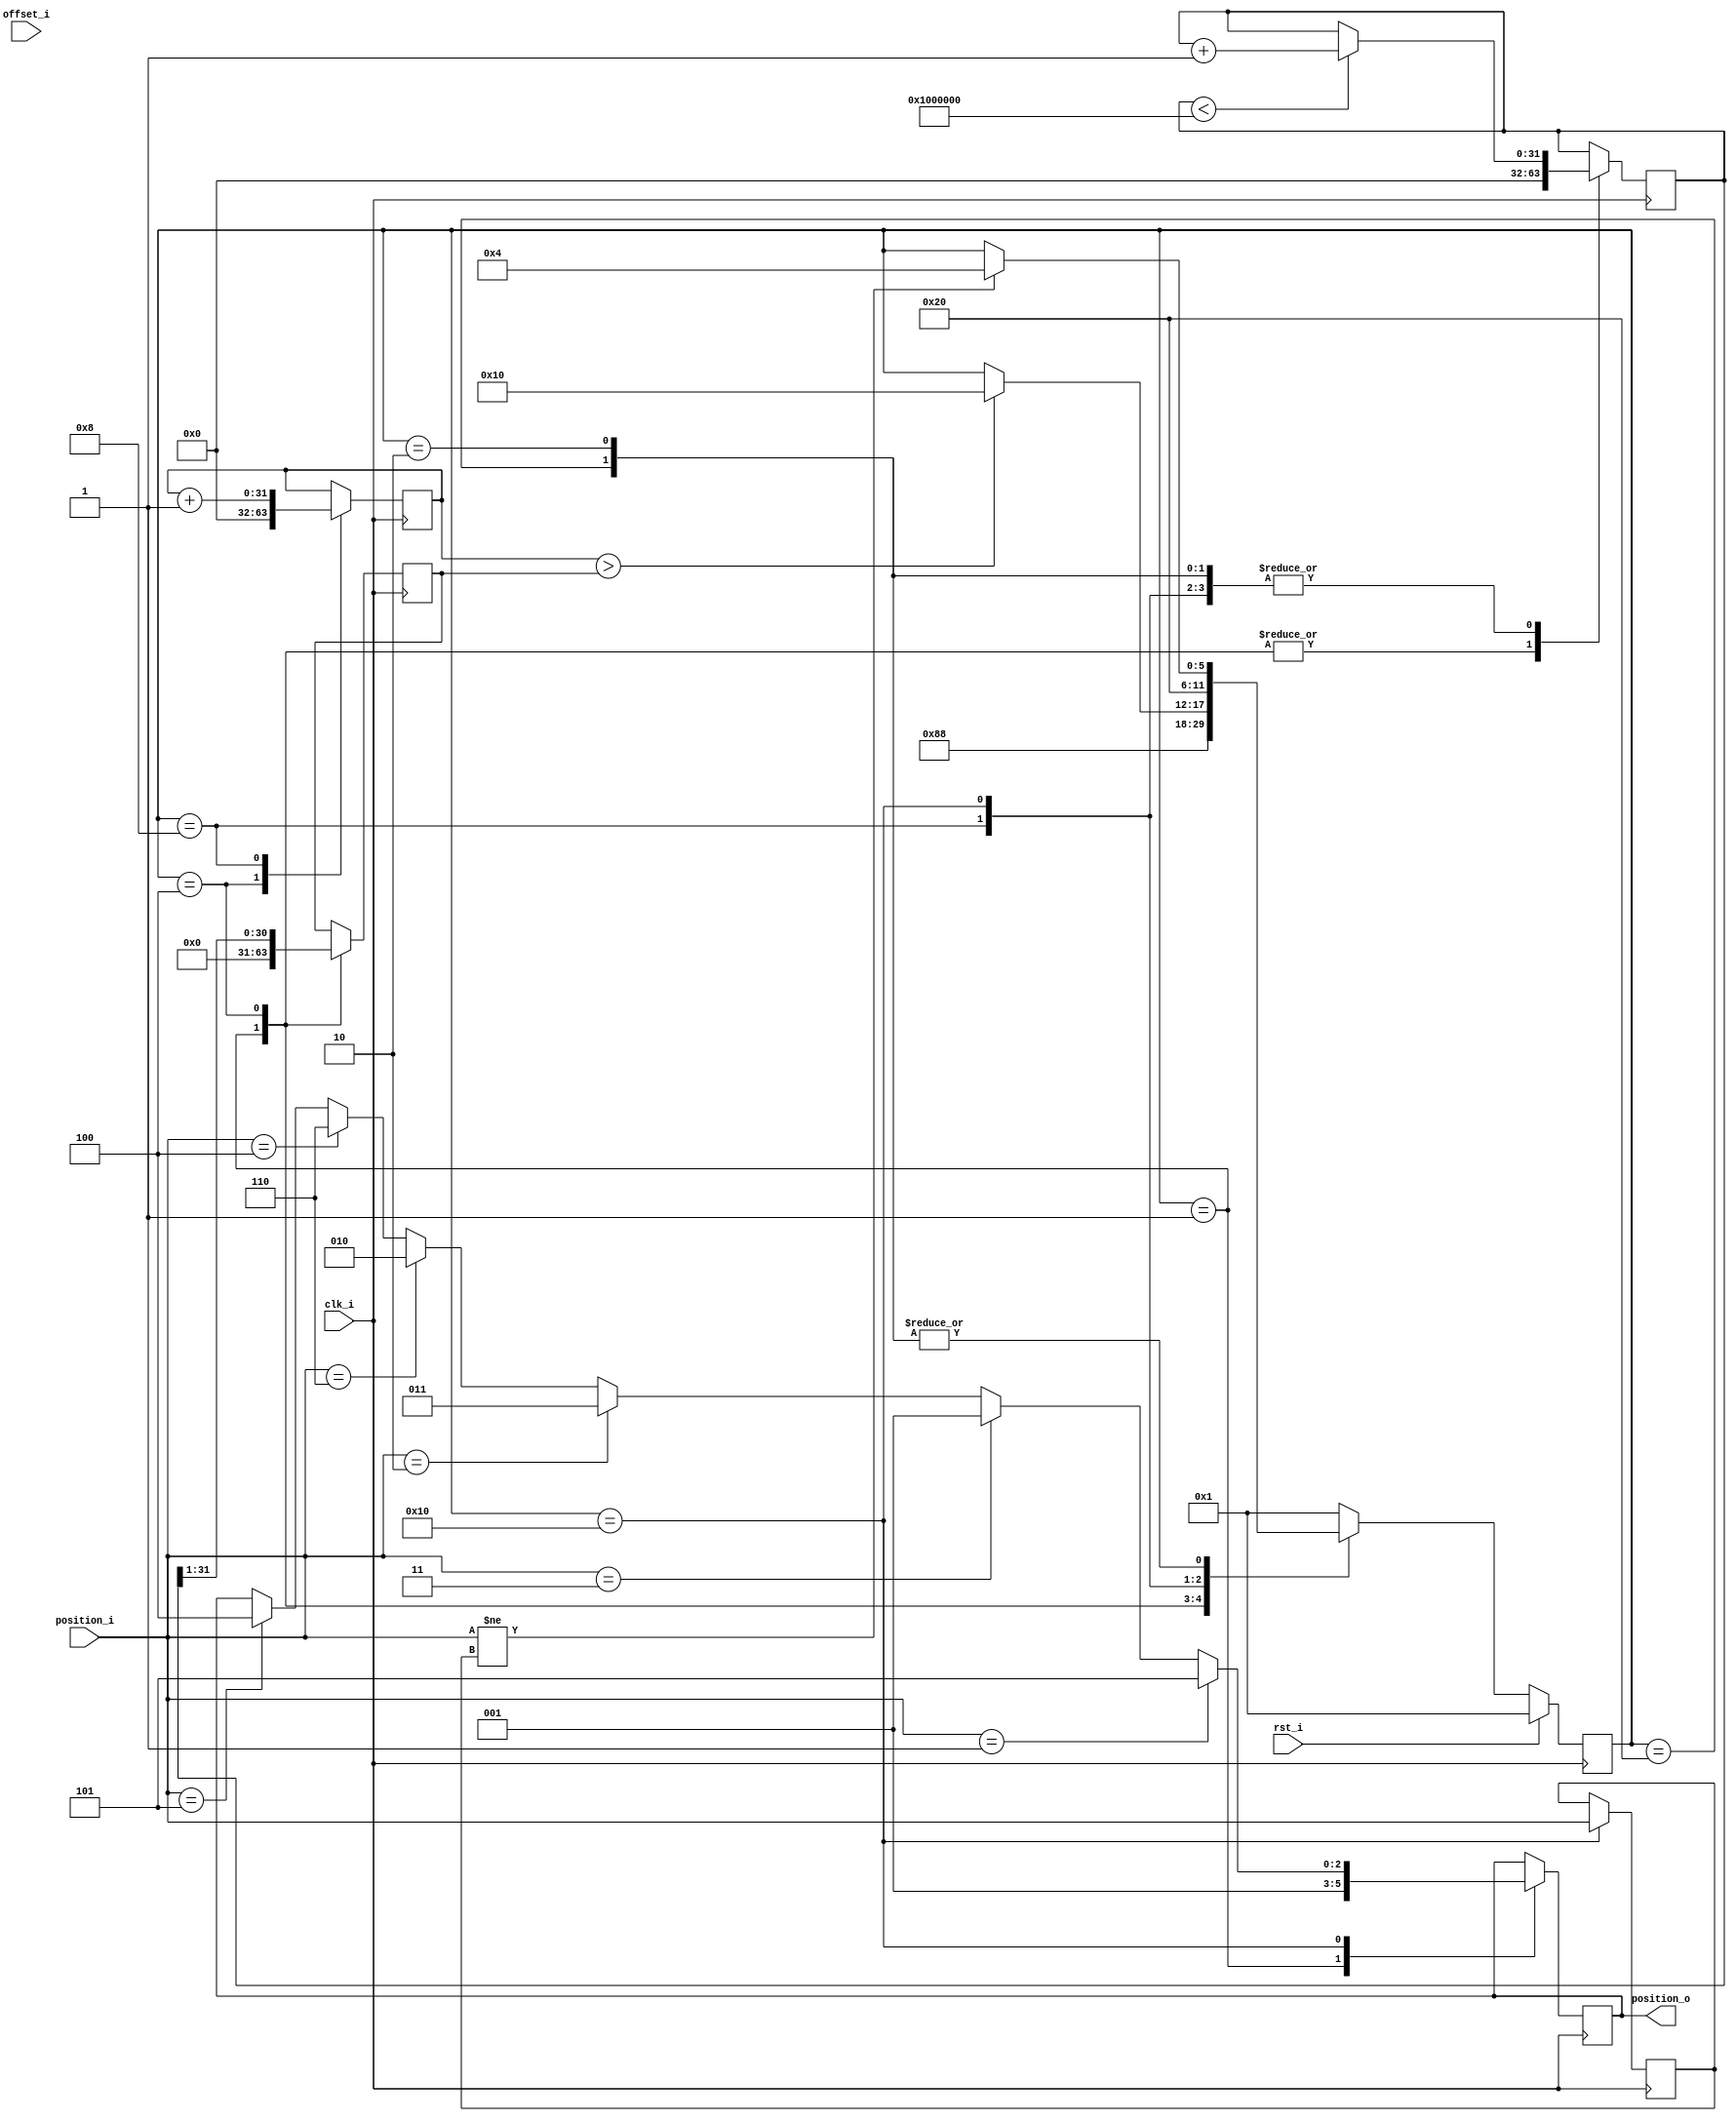
// -----------------------------------------------------------------------------
//
// Copyright 2013(c) Analog Devices, Inc.
//
// All rights reserved.
//
// Redistribution and use in source and binary forms, with or without modification,
// are permitted provided that the following conditions are met:
//  - Redistributions of source code must retain the above copyright
//    notice, this list of conditions and the following disclaimer.
//  - Redistributions in binary form must reproduce the above copyright
//    notice, this list of conditions and the following disclaimer in
//    the documentation and/or other materials provided with the
//    distribution.
//  - Neither the name of Analog Devices, Inc. nor the names of its
//    contributors may be used to endorse or promote products derived
//    from this software without specific prior written permission.
//  - The use of this software may or may not infringe the patent rights
//    of one or more patent holders.  This license does not release you
//    from the requirement that you obtain separate licenses from these
//    patent holders to use this software.
//  - Use of the software either in source or binary form, must be run
//    on or directly connected to an Analog Devices Inc. component.
//
// THIS SOFTWARE IS PROVIDED BY ANALOG DEVICES "AS IS" AND ANY EXPRESS OR IMPLIED
// WARRANTIES, INCLUDING, BUT NOT LIMITED TO, NON-INFRINGEMENT, MERCHANTABILITY
// AND FITNESS FOR A PARTICULAR PURPOSE ARE DISCLAIMED.
// IN NO EVENT SHALL ANALOG DEVICES BE LIABLE FOR ANY DIRECT, INDIRECT, INCIDENTAL,
// SPECIAL, EXEMPLARY, OR CONSEQUENTIAL DAMAGES (INCLUDING, BUT NOT LIMITED TO,
// INTELLECTUAL PROPERTY RIGHTS, PROCUREMENT OF SUBSTITUTE GOODS OR SERVICES;
// LOSS OF USE, DATA, OR PROFITS; OR BUSINESS INTERRUPTION) HOWEVER CAUSED AND
// ON ANY THEORY OF LIABILITY, WHETHER IN CONTRACT, STRICT LIABILITY, OR TORT
// (INCLUDING NEGLIGENCE OR OTHERWISE) ARISING IN ANY WAY OUT OF THE USE OF THIS
// SOFTWARE, EVEN IF ADVISED OF THE POSSIBILITY OF SUCH DAMAGE.
//
// -----------------------------------------------------------------------------
// MODULE NAME : delay_30_degrees
// AUTHOR'S EMAIL : adrian.costina@analog.com
// -----------------------------------------------------------------------------
// KEYWORDS : BEMF, Analog Devices, Motor Control
// -----------------------------------------------------------------------------
// PURPOSE : Module used for delaying the BEMF based position signal with 30
// degrees. 
// -----------------------------------------------------------------------------
// REUSE ISSUES
// Reset Strategy      :
// Clock Domains       :
// Critical Timing     :
// Test Features       :
// Asynchronous I/F    :
// Instantiations      :
// Synthesizable (y/n) :
// Target Device       :
// Other               :
// -----------------------------------------------------------------------------

`timescale 1ns / 1ps

module delay_30_degrees
//----------- Paramters Declarations -------------------------------------------
//----------- Ports Declarations -----------------------------------------------
(
    input               clk_i,
    input               rst_i,
    input       [31:0]  offset_i,   // offset register
    input       [2:0]   position_i, // input position
    output reg  [2:0]   position_o  // delayed with 30 degrees position
);

//------------------------------------------------------------------------------
//----------- Local Parameters -------------------------------------------------
//------------------------------------------------------------------------------
localparam MAX_SPEED_COUNT  = 32'h1000000;
//State machine
localparam RESET            = 6'b000001;
localparam INIT             = 6'b000010;
localparam CHANGE_POSITION  = 6'b000100;
localparam DELAY_30_DEGREES = 6'b001000;
localparam APPLY_CHANGE     = 6'b010000;
localparam IDLE             = 6'b100000;
//------------------------------------------------------------------------------
//----------- Registers Declarations -------------------------------------------
//------------------------------------------------------------------------------
reg [5:0]   state         = RESET;  // current state
reg [5:0]   next_state    = RESET;  // next state
reg [2:0]   position_old  = 3'h0;   // saves the latest position
reg [31:0]  speed_count   = 32'h0;  // counts the current speed of rotation
reg [31:0]  speed_divider = 32'h0;  // divides the speed of rotation by 2, correspoding to 30 degrees
reg [31:0]  delay_count   = 32'h0;  // Applied the delay to the input signal

//------------------------------------------------------------------------------
//----------- Assign/Always Blocks ---------------------------------------------
//------------------------------------------------------------------------------

// State transitions
always @*
begin
    next_state = state;

    case (state)
        RESET:
        begin
            next_state = INIT;
        end
        INIT:
        begin
            if (position_i != position_old)
            begin
                next_state = CHANGE_POSITION;
            end
        end
        CHANGE_POSITION:
        begin
            next_state = DELAY_30_DEGREES;
        end
        DELAY_30_DEGREES:
        begin
            if( delay_count >  speed_divider)
            begin
                next_state          = APPLY_CHANGE;
            end
        end
        APPLY_CHANGE:
        begin
            next_state          = IDLE;
        end
        IDLE:
        begin
            if (position_i != position_old)
            begin
                next_state = CHANGE_POSITION;
            end
        end
        default:
        begin
            next_state = RESET;
        end
    endcase
end

always @(posedge clk_i)
begin
    case(state)
        RESET:
        begin
            speed_count     <= 0;
            speed_divider   <= 0;
            position_o      <= 3'b1;
        end
        INIT:
        begin
            if (speed_count < MAX_SPEED_COUNT)
            begin
                speed_count <= speed_count + 1;
            end
        end
        CHANGE_POSITION:
        begin
            speed_divider   <= speed_count >> 1 ;
            speed_count     <= 0;
            delay_count     <= 0;
        end
        DELAY_30_DEGREES:
        begin
            if (speed_count < MAX_SPEED_COUNT)
            begin
                speed_count <= speed_count + 1;
            end
            delay_count <= delay_count + 1;
        end
        APPLY_CHANGE:
        begin
            if (position_i == 3'b101)
            begin
                position_o <= 100;
            end 
            if (position_i == 3'b100)
            begin
                position_o <= 110;
            end 
            if (position_i == 3'b110)
            begin
                position_o <= 010;
            end 
            if (position_i == 3'b010)
            begin
                position_o <= 011;
            end 
            if (position_i == 3'b011)
            begin
                position_o <= 001;
            end 
            if (position_i == 3'b001)
            begin
                position_o <= 101;
            end 
            position_old    <= position_i;
            if (speed_count < MAX_SPEED_COUNT)
            begin
                speed_count <= speed_count + 1;
            end
        end
        IDLE:
        begin
            if (speed_count < MAX_SPEED_COUNT)
            begin
                speed_count <= speed_count + 1;
            end
        end
    endcase
end

always @ (posedge clk_i)
begin
    if(rst_i == 1'b1)
    begin
        state <= RESET;
    end
    else
    begin
        state <= next_state;
    end
end

endmodule